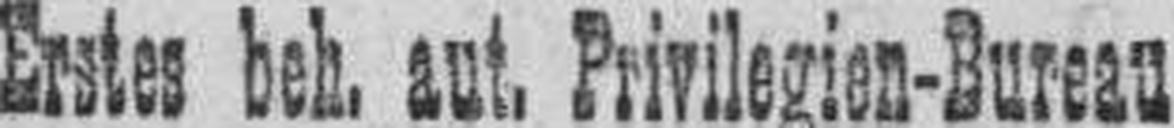
Erstes beh. aut. Privilegien-Bureau